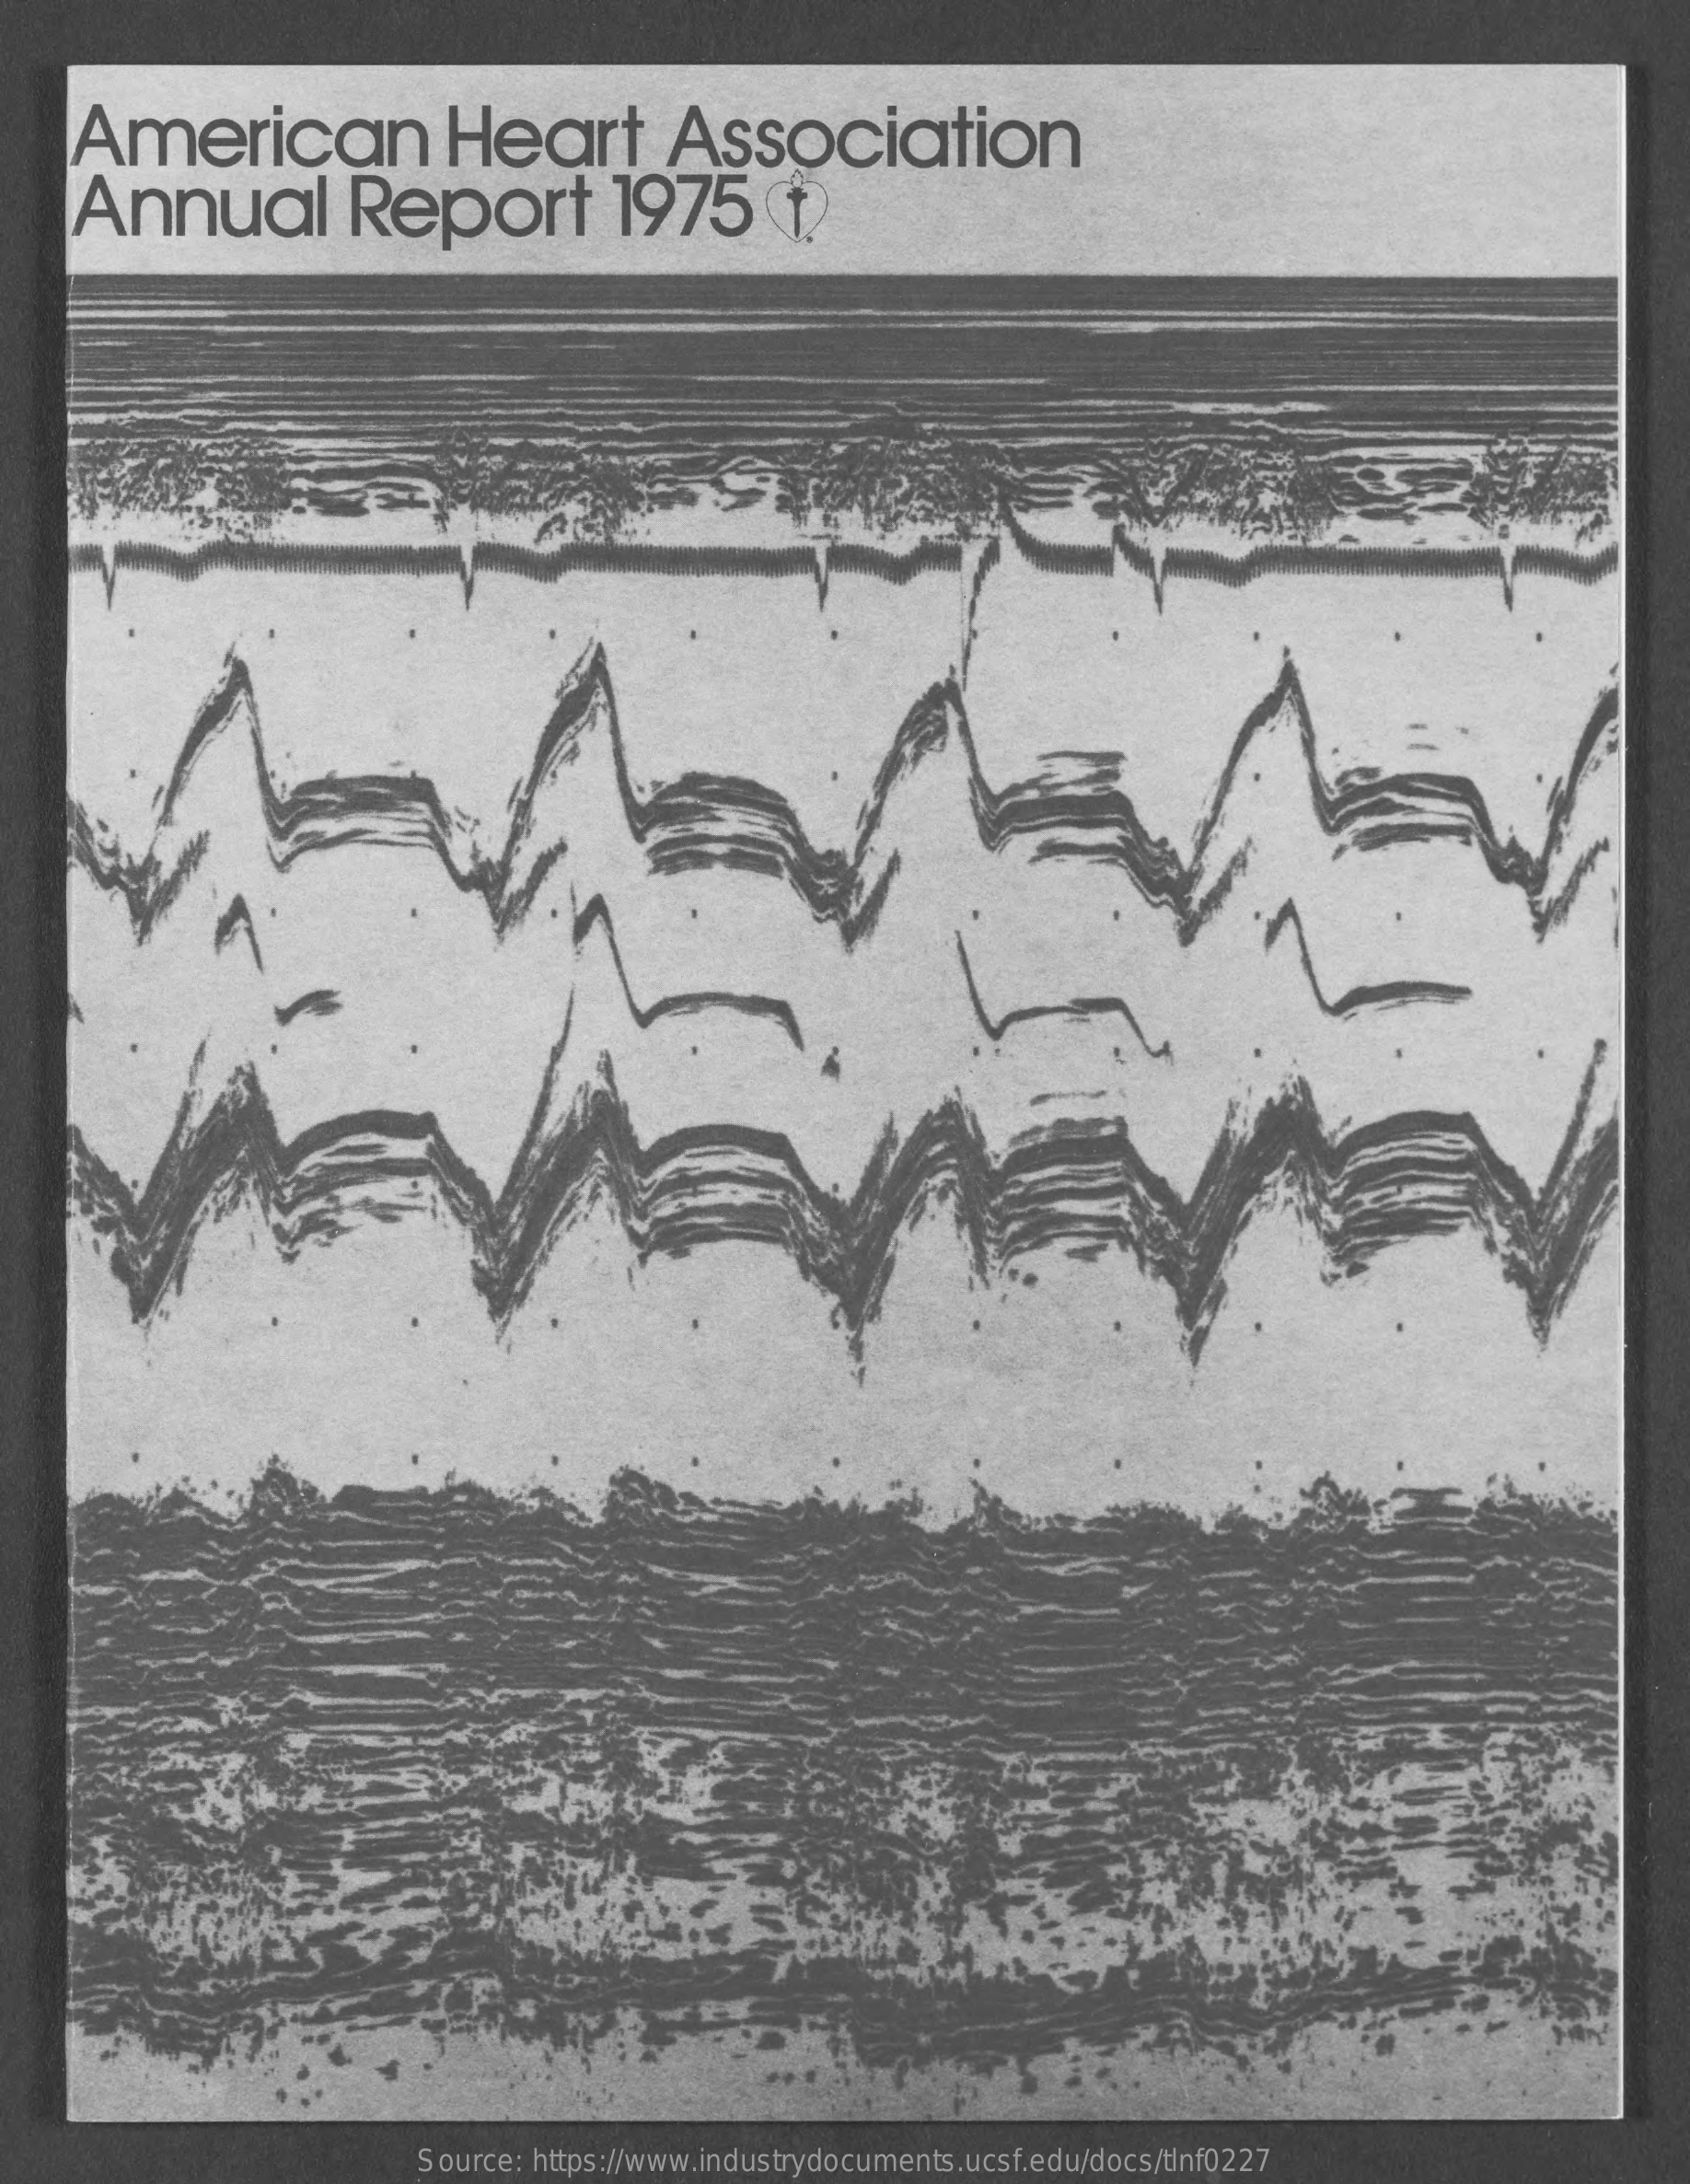
American    Heart    Association
     Annual    Report    1975    f.
     Source: https://www.industrydocuments.ucsf.edu/docs/tlnf0227